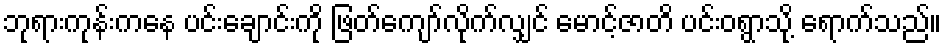
ဘုရားကုန်းကနေ ပင်းချောင်းကို ဖြတ်ကျော်လိုက်လျှင် မောင့်ဇာတိ ပင်းဝရွာသို့ ရောက်သည်။